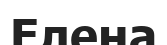
Елена